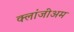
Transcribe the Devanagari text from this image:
क्लांजीअम